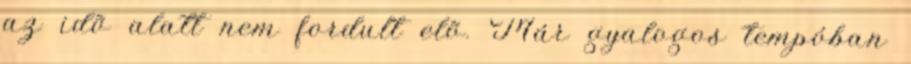
az idõ alatt nem fordult elõ. Már gyalogos tempóban